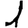
Digit: 1